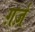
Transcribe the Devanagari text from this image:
ग़र्ज़